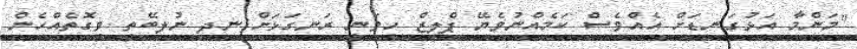
"މަންމާ އަޅުގަނޑަށް އެއްވެސް ކަމެއްނުވެޔޭ ޕްލީޒް ހީވަނީ ރަނގަޅަށް ނިދި ނުލިބޭތީ ވީގޮތެއްހެން